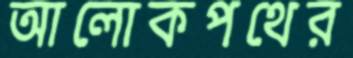
আলোকপথের